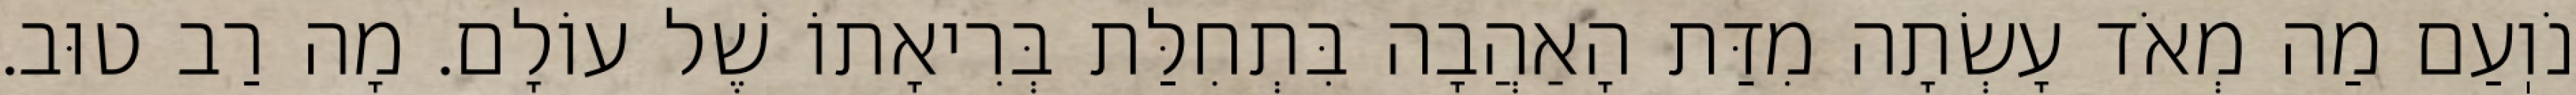
נֹוֽעַם מַה מְאֹד עָשְׂתָה מִדַּת הָאַהֲבָה בִּתְחִלַּת בְּרִיאָתוֹ שֶׁל עוֹלָם. מָה רַב טוּב.